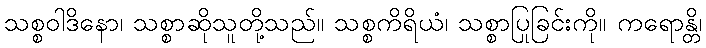
သစ္စဝါဒိနော၊ သစ္စာဆိုသူတို့သည်။ သစ္စကိရိယံ၊ သစ္စာပြုခြင်းကို။ ကရောန္တိ၊